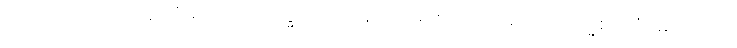
ထက်ဝန်းကျင်မှ ပြည့်စုံသော။ ပရိသုဒ္ဓံ၊ ထက်ဝန်းကျင်မှ စင်ကြယ်သော။ ဗြဟ္မစရိယံ၊ မြတ်သော